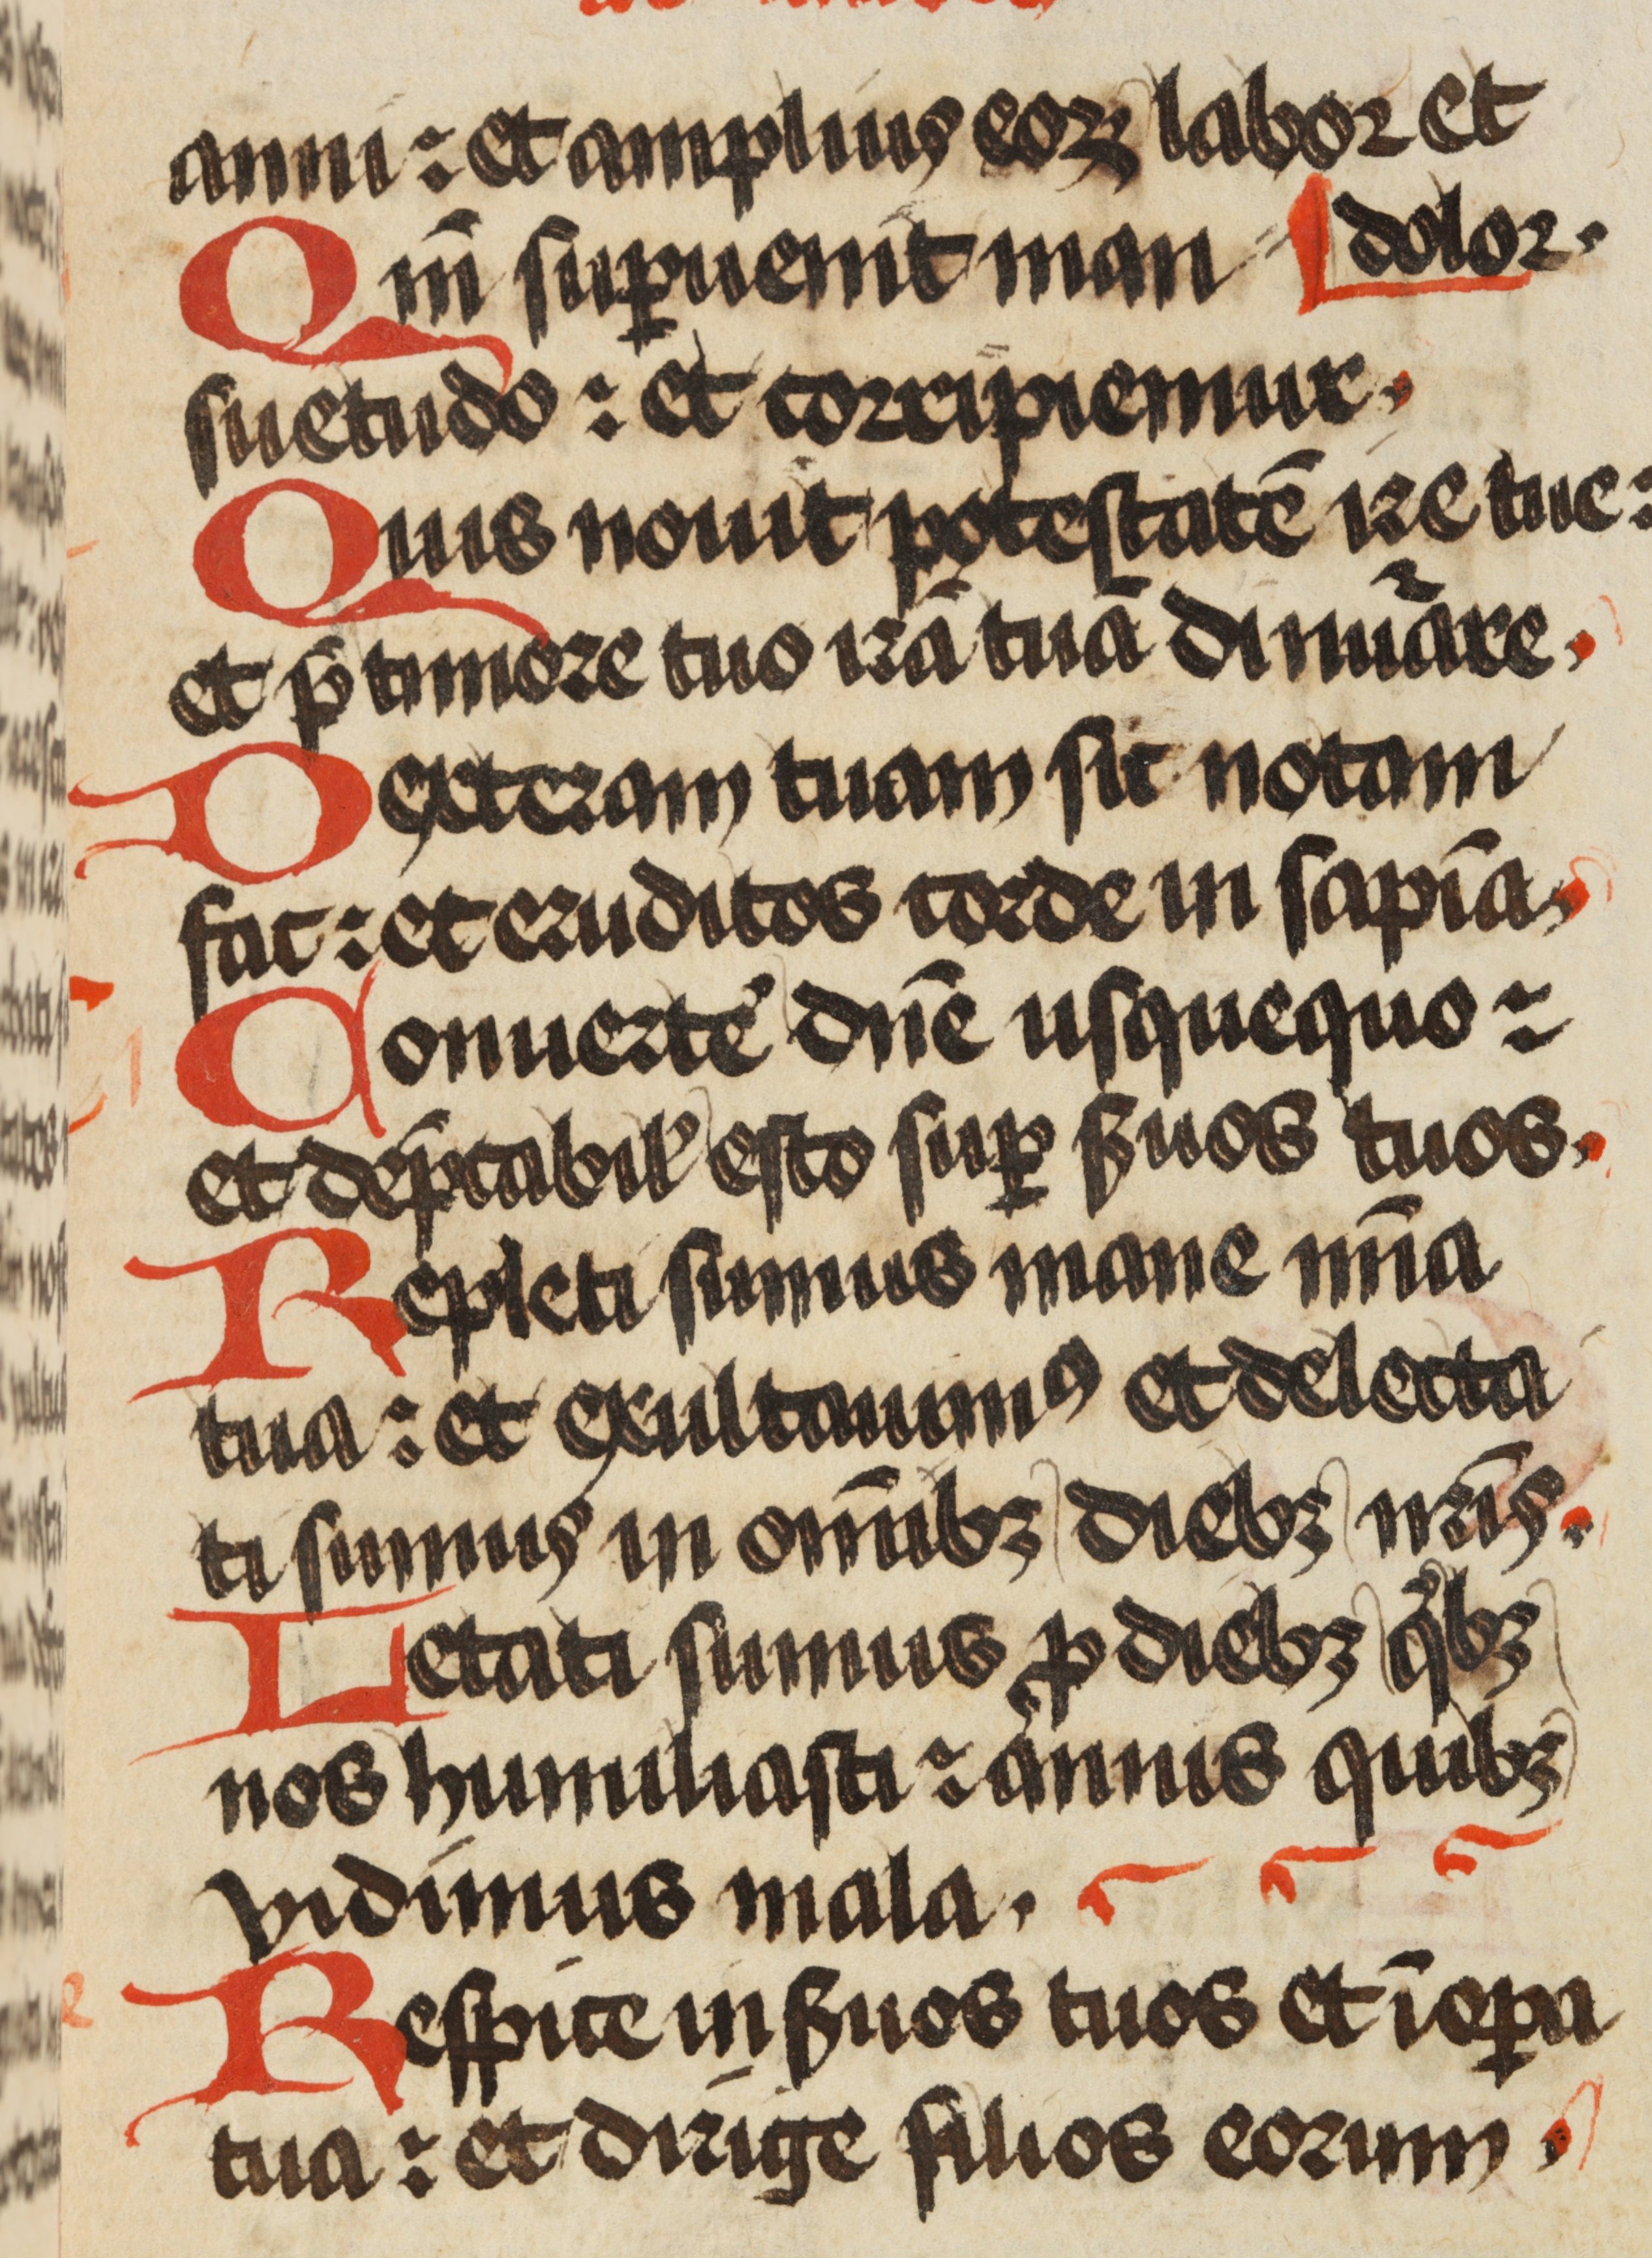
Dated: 1471–1471